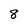
Character: 8